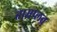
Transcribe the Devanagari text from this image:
ताम्रप्लव